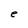
Character: e